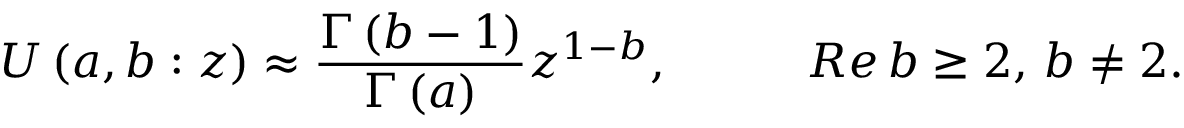
U \left( a , b : z \right) \approx \frac { \Gamma \left( b - 1 \right) } { \Gamma \left( a \right) } z ^ { 1 - b } , \, \, \, \, \, \, \, \, \, \, \, \, \, \, \, \, \, R e \, b \geq 2 , \, b \neq 2 .